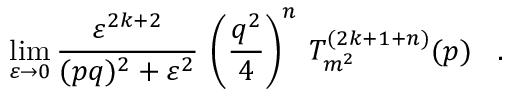
\operatorname * { l i m } _ { \varepsilon \rightarrow 0 } \frac { \varepsilon ^ { 2 k + 2 } } { ( p q ) ^ { 2 } + \varepsilon ^ { 2 } } \: \left( \frac { q ^ { 2 } } { 4 } \right) ^ { n } \: T _ { m ^ { 2 } } ^ { ( 2 k + 1 + n ) } ( p ) \; \; \; .